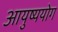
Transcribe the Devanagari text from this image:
आयुष्ययोग